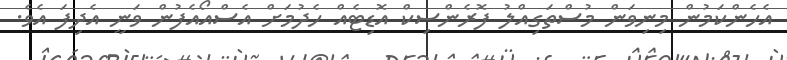
އެހެންކަމުން މިނިވަން މުސްތަގިއްލު ފޮރެންސިކް އޮޑިޓެއް ހެދުމަށް އެސްއޯއެފުން ވަނީ އެދިފަ އެވެ.